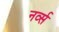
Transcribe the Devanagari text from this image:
नर्व्स